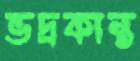
ভদ্রকান্ত